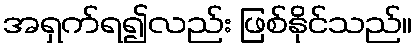
အရှက်ရ၍လည်း ဖြစ်နိုင်သည်။